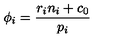
\phi _ { i } = \frac { r _ { i } n _ { i } + c _ { 0 } } { p _ { i } }